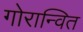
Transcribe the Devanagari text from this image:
गोरान्वित